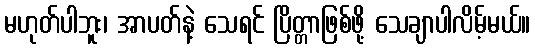
မဟုတ်ပါဘူး၊ အာပတ်နဲ့ သေရင် ပြိတ္တာဖြစ်ဖို့ သေချာပါလိမ့်မယ်။